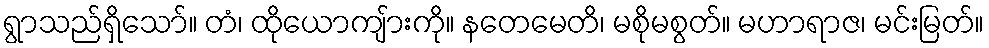
ရွာသည်ရှိသော်။ တံ၊ ထိုယောကျ်ားကို။ နတေမေတိ၊ မစိုမစွတ်။ မဟာရာဇ၊ မင်းမြတ်။